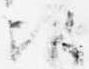
次